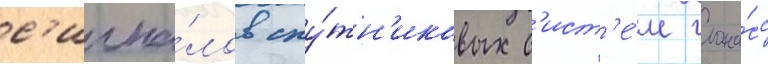
с'игна́лов спу́тн'иковых с'ист'е́м глона́сс